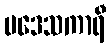
ပဒေသကာရီ